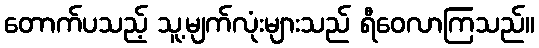
တောက်ပသည့် သူ့မျက်လုံးများသည် ရီဝေလာကြသည်။